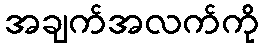
အချက်အလက်ကို